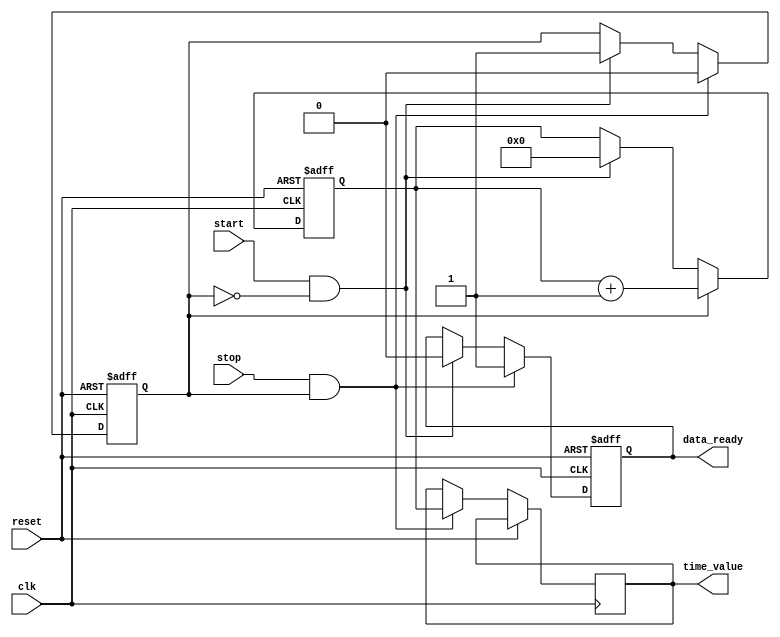
module TDC (
    input wire clk,               // Clock signal
    input wire start,             // Start signal
    input wire stop,              // Stop signal
    output reg [15:0] time_value, // Measured time interval in clock cycles
    output reg data_ready,        // Data ready signal
    input wire reset              // Asynchronous reset
);

    reg [15:0] counter;           // 16-bit counter
    reg measuring;                // Flag to indicate if measuring is in progress

    // Memory block (FIFO or simple register for demonstration)
    reg [15:0] memory [0:15];     // Memory to store up to 16 measurements
    reg [3:0] write_pointer;      // Pointer for writing to memory
    reg [3:0] read_pointer;       // Pointer for reading from memory

    // Asynchronous reset and counter logic
    always @(posedge clk or posedge reset) begin
        if (reset) begin
            counter <= 16'b0;      // Reset counter
            measuring <= 1'b0;     // Reset measuring flag
            data_ready <= 1'b0;    // Reset data ready flag
            write_pointer <= 4'b0;  // Reset write pointer
            read_pointer <= 4'b0;   // Reset read pointer
        end else begin
            // Start measuring
            if (start && !measuring) begin
                counter <= 16'b0;    // Reset counter on start
                measuring <= 1'b1;   // Set measuring flag
                data_ready <= 1'b0;  // Clear data ready flag
            end
            
            // Count clock cycles while measuring
            if (measuring) begin
                counter <= counter + 1; // Increment counter
            end
            
            // Stop measuring
            if (stop && measuring) begin
                time_value <= counter;  // Capture the current count value
                memory[write_pointer] <= time_value; // Store in memory
                write_pointer <= write_pointer + 1; // Increment write pointer
                measuring <= 1'b0;       // Clear measuring flag
                data_ready <= 1'b1;      // Set data ready flag
            end
        end
    end

    // Optional: Read from memory (could be implemented as needed)
    // This part can be expanded based on how you want to handle reading from memory.

endmodule